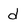
Character: d